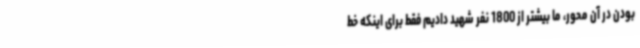
بودن در آن محور، ما بیشتر از 1800 نفر شهید دادیم فقط برای اینکه خط